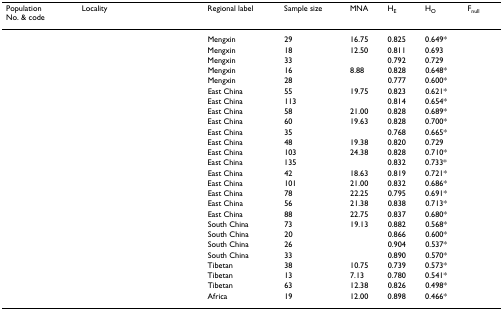
<table><thead><tr><td colspan="2"><b>PopulationNo. &amp; code</b></td><td><b>Locality</b></td><td><b>Regional label</b></td><td><b>Sample size</b></td><td><b>MNA</b></td><td><b>H<sub>E</sub></b></td><td><b>H<sub>O</sub></b></td><td><b>F<sub>null</sub></b></td></tr></thead><tbody><tr><td>[EMPTY_CELL]</td><td>[EMPTY_CELL]</td><td>[EMPTY_CELL]</td><td>Mengxin</td><td>29</td><td>16.75</td><td>0.825</td><td>0.649*</td><td>[EMPTY_CELL]</td></tr><tr><td>[EMPTY_CELL]</td><td>[EMPTY_CELL]</td><td>[EMPTY_CELL]</td><td>Mengxin</td><td>18</td><td>12.50</td><td>0.811</td><td>0.693</td><td>[EMPTY_CELL]</td></tr><tr><td>[EMPTY_CELL]</td><td>[EMPTY_CELL]</td><td>[EMPTY_CELL]</td><td>Mengxin</td><td>33</td><td>[EMPTY_CELL]</td><td>0.792</td><td>0.729</td><td>[EMPTY_CELL]</td></tr><tr><td>[EMPTY_CELL]</td><td>[EMPTY_CELL]</td><td>[EMPTY_CELL]</td><td>Mengxin</td><td>16</td><td>8.88</td><td>0.828</td><td>0.648*</td><td>[EMPTY_CELL]</td></tr><tr><td>[EMPTY_CELL]</td><td>[EMPTY_CELL]</td><td>[EMPTY_CELL]</td><td>Mengxin</td><td>28</td><td>[EMPTY_CELL]</td><td>0.777</td><td>0.600*</td><td>[EMPTY_CELL]</td></tr><tr><td>[EMPTY_CELL]</td><td>[EMPTY_CELL]</td><td>[EMPTY_CELL]</td><td>East China</td><td>55</td><td>19.75</td><td>0.823</td><td>0.621*</td><td>[EMPTY_CELL]</td></tr><tr><td>[EMPTY_CELL]</td><td>[EMPTY_CELL]</td><td>[EMPTY_CELL]</td><td>East China</td><td>113</td><td>[EMPTY_CELL]</td><td>0.814</td><td>0.654*</td><td>[EMPTY_CELL]</td></tr><tr><td>[EMPTY_CELL]</td><td>[EMPTY_CELL]</td><td>[EMPTY_CELL]</td><td>East China</td><td>58</td><td>21.00</td><td>0.828</td><td>0.689*</td><td>[EMPTY_CELL]</td></tr><tr><td>[EMPTY_CELL]</td><td>[EMPTY_CELL]</td><td>[EMPTY_CELL]</td><td>East China</td><td>60</td><td>19.63</td><td>0.828</td><td>0.700*</td><td>[EMPTY_CELL]</td></tr><tr><td>[EMPTY_CELL]</td><td>[EMPTY_CELL]</td><td>[EMPTY_CELL]</td><td>East China</td><td>35</td><td>[EMPTY_CELL]</td><td>0.768</td><td>0.665*</td><td>[EMPTY_CELL]</td></tr><tr><td>[EMPTY_CELL]</td><td>[EMPTY_CELL]</td><td>[EMPTY_CELL]</td><td>East China</td><td>48</td><td>19.38</td><td>0.820</td><td>0.729</td><td>[EMPTY_CELL]</td></tr><tr><td>[EMPTY_CELL]</td><td>[EMPTY_CELL]</td><td>[EMPTY_CELL]</td><td>East China</td><td>103</td><td>24.38</td><td>0.828</td><td>0.710*</td><td>[EMPTY_CELL]</td></tr><tr><td>[EMPTY_CELL]</td><td>[EMPTY_CELL]</td><td>[EMPTY_CELL]</td><td>East China</td><td>135</td><td>[EMPTY_CELL]</td><td>0.832</td><td>0.733*</td><td>[EMPTY_CELL]</td></tr><tr><td>[EMPTY_CELL]</td><td>[EMPTY_CELL]</td><td>[EMPTY_CELL]</td><td>East China</td><td>42</td><td>18.63</td><td>0.819</td><td>0.721*</td><td>[EMPTY_CELL]</td></tr><tr><td>[EMPTY_CELL]</td><td>[EMPTY_CELL]</td><td>[EMPTY_CELL]</td><td>East China</td><td>101</td><td>21.00</td><td>0.832</td><td>0.686*</td><td>[EMPTY_CELL]</td></tr><tr><td>[EMPTY_CELL]</td><td>[EMPTY_CELL]</td><td>[EMPTY_CELL]</td><td>East China</td><td>78</td><td>22.25</td><td>0.795</td><td>0.691*</td><td>[EMPTY_CELL]</td></tr><tr><td>[EMPTY_CELL]</td><td>[EMPTY_CELL]</td><td>[EMPTY_CELL]</td><td>East China</td><td>56</td><td>21.38</td><td>0.838</td><td>0.713*</td><td>[EMPTY_CELL]</td></tr><tr><td>[EMPTY_CELL]</td><td>[EMPTY_CELL]</td><td>[EMPTY_CELL]</td><td>East China</td><td>88</td><td>22.75</td><td>0.837</td><td>0.680*</td><td>[EMPTY_CELL]</td></tr><tr><td>[EMPTY_CELL]</td><td>[EMPTY_CELL]</td><td>[EMPTY_CELL]</td><td>South China</td><td>73</td><td>19.13</td><td>0.882</td><td>0.568*</td><td>[EMPTY_CELL]</td></tr><tr><td>[EMPTY_CELL]</td><td>[EMPTY_CELL]</td><td>[EMPTY_CELL]</td><td>South China</td><td>20</td><td>[EMPTY_CELL]</td><td>0.866</td><td>0.600*</td><td>[EMPTY_CELL]</td></tr><tr><td>[EMPTY_CELL]</td><td>[EMPTY_CELL]</td><td>[EMPTY_CELL]</td><td>South China</td><td>26</td><td>[EMPTY_CELL]</td><td>0.904</td><td>0.537*</td><td>[EMPTY_CELL]</td></tr><tr><td>[EMPTY_CELL]</td><td>[EMPTY_CELL]</td><td>[EMPTY_CELL]</td><td>South China</td><td>33</td><td>[EMPTY_CELL]</td><td>0.890</td><td>0.570*</td><td>[EMPTY_CELL]</td></tr><tr><td>[EMPTY_CELL]</td><td>[EMPTY_CELL]</td><td>[EMPTY_CELL]</td><td>Tibetan</td><td>38</td><td>10.75</td><td>0.739</td><td>0.573*</td><td>[EMPTY_CELL]</td></tr><tr><td>[EMPTY_CELL]</td><td>[EMPTY_CELL]</td><td>[EMPTY_CELL]</td><td>Tibetan</td><td>13</td><td>7.13</td><td>0.780</td><td>0.541*</td><td>[EMPTY_CELL]</td></tr><tr><td>[EMPTY_CELL]</td><td>[EMPTY_CELL]</td><td>[EMPTY_CELL]</td><td>Tibetan</td><td>63</td><td>12.38</td><td>0.826</td><td>0.498*</td><td>[EMPTY_CELL]</td></tr><tr><td>[EMPTY_CELL]</td><td>[EMPTY_CELL]</td><td>[EMPTY_CELL]</td><td>Africa</td><td>19</td><td>12.00</td><td>0.898</td><td>0.466*</td><td>[EMPTY_CELL]</td></tr></tbody></table>